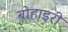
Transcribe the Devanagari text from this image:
बोहाइरी